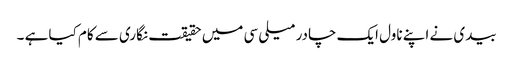
بیدی نے اپنے ناول ایک چادر میلی سی میں حقیقت نگاری سے کام کیا ہے ۔